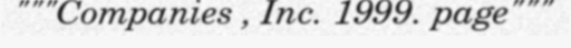
"""Companies , Inc. 1999. page"""